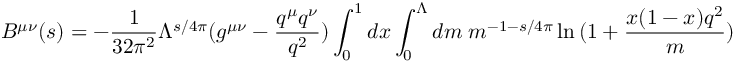
B ^ { \mu \nu } ( s ) = - \frac { 1 } { 3 2 \pi ^ { 2 } } \Lambda ^ { s / 4 \pi } ( g ^ { \mu \nu } - \frac { q ^ { \mu } q ^ { \nu } } { q ^ { 2 } } ) \int _ { 0 } ^ { 1 } d x \int _ { 0 } ^ { \Lambda } d m \; m ^ { - 1 - s / 4 \pi } \ln { ( 1 + \frac { x ( 1 - x ) q ^ { 2 } } { m } ) }